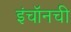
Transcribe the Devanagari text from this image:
इंचॉनची